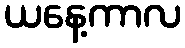
ယနေ့ကာလ